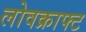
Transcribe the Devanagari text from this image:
लोवक्राफ्ट